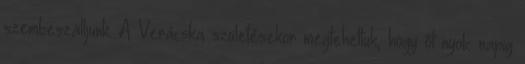
szembeszálljunk. A Verácska születésekor megtehettük, hogy õt nyolc napig